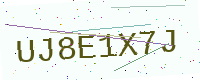
Text: UJ8E1X7J